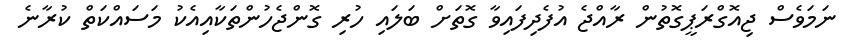
ނަމަވެސް ޖިއޮގްރަޕީގޮތުން ރާއްޖެ އުފެދިފައިވާ ގޮތަށް ބަލައި ހުރި ގޮންޖެހުންތަކާއިއެކު މަސައްކަތް ކުރާނެ